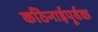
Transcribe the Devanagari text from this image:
कठिनाईपूर्वक